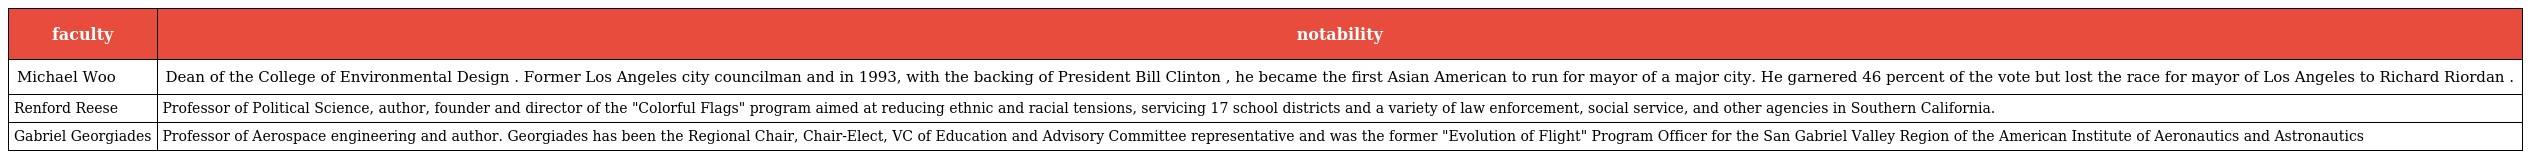
| faculty | notability |
 | --- | --- |
 | Michael Woo | Dean of the College of Environmental Design . Former Los Angeles city councilman and in 1993, with the backing of President Bill Clinton , he became the first Asian American to run for mayor of a major city. He garnered 46 percent of the vote but lost the race for mayor of Los Angeles to Richard Riordan . |
 | Renford Reese | Professor of Political Science, author, founder and director of the "Colorful Flags" program aimed at reducing ethnic and racial tensions, servicing 17 school districts and a variety of law enforcement, social service, and other agencies in Southern California. |
 | Gabriel Georgiades | Professor of Aerospace engineering and author. Georgiades has been the Regional Chair, Chair-Elect, VC of Education and Advisory Committee representative and was the former "Evolution of Flight" Program Officer for the San Gabriel Valley Region of the American Institute of Aeronautics and Astronautics |